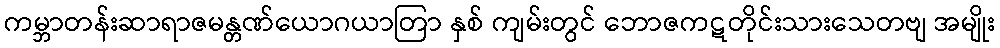
ကမ္ဘာတန်းဆာရာဇမန္တဏ်ယောဂယာတြာ နှစ် ကျမ်းတွင် ဘောဇကဋတိုင်းသားသေတဗျ အမျိုး